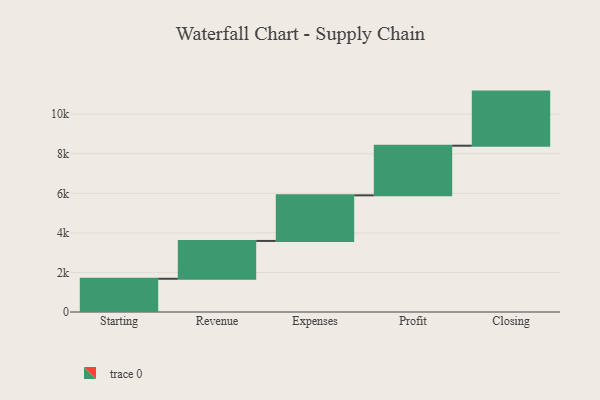
{"axis": {"x": "Step", "y": "Value"}, "legend": [""], "data": [{"x": "Starting", "y": 1681.0, "type": ""}, {"x": "Revenue", "y": 1912.0, "type": ""}, {"x": "Expenses", "y": 2305.0, "type": ""}, {"x": "Profit", "y": 2509.0, "type": ""}, {"x": "Closing", "y": 2735.0, "type": ""}]}